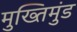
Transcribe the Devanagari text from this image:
मुख्तिमुंड